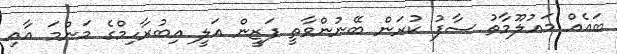
ބައެއް މައުލޫމާތު ސާފު ކުރަން ބޭނުންވާތީ ފަޒީން އަލީ އިބުރާހިމްގެ މަންމަ އާއި